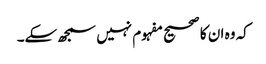
کہ وہ ان کا صحیح مفہوم نہیں سمجھ سکے۔